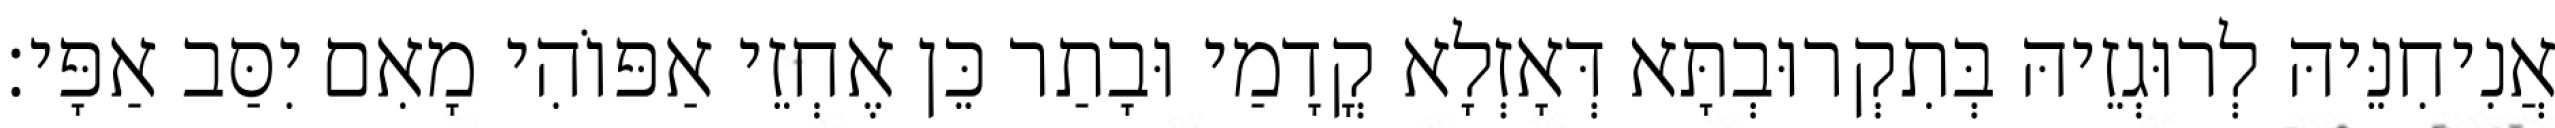
אֲנִיחִנֵּיהּ לְרוּגְזֵיהּ בְּתִקְרוּבְתָּא דְּאָזְלָא קֳדָמַי וּבָתַר כֵּן אֶחְזֵי אַפּוֹהִי מָאִם יִסַּב אַפָּי׃